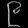
Digit: ၉